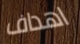
اهداف